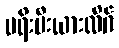
ပရီးမီးယားလိဂ်